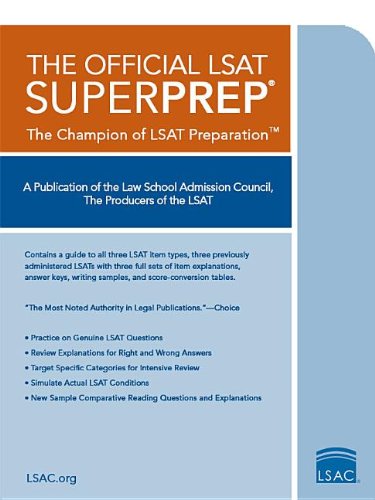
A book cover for The Official LSAT SuperPrep: The Champion of LSAT Prep; Law School Admission Council; Test Preparation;